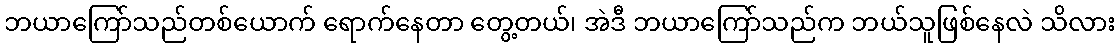
ဘယာကြော်သည်တစ်ယောက် ရောက်နေတာ တွေ့တယ်၊ အဲဒီ ဘယာကြော်သည်က ဘယ်သူဖြစ်နေလဲ သိလား